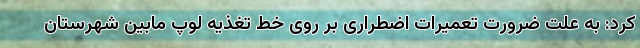
کرد: به علت ضرورت تعمیرات اضطراری بر روی خط تغذیه لوپ مابین شهرستان